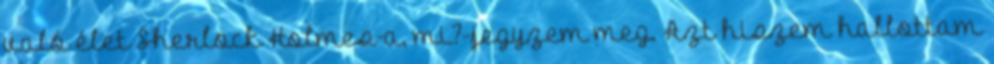
való élet Sherlock Holmes-a, mi?-jegyzem meg. Azt hiszem hallottam